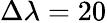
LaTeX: \Delta\lambda=20